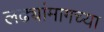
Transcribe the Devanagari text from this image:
लढ्यांमागच्या